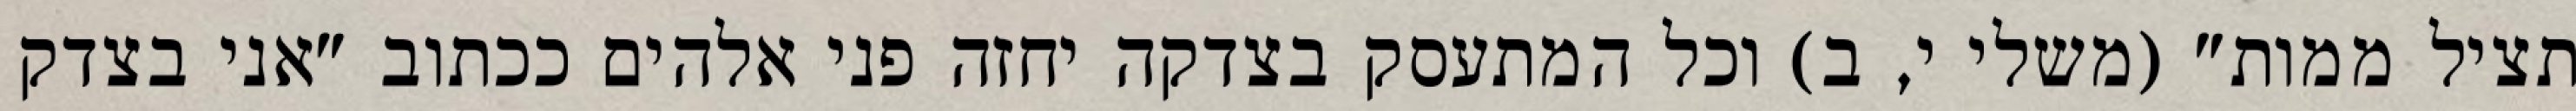
תציל ממות" (משלי י, ב) וכל המתעסק בצדקה יחזה פני אלהים ככתוב "אני בצדק